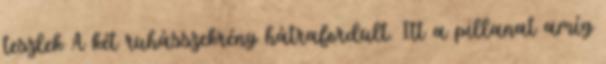
teszlek A két ruhásszekrény hátrafordult. Itt a pillanat amíg